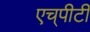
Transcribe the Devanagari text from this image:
एच्‌पीटी